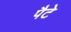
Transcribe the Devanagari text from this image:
पैटे